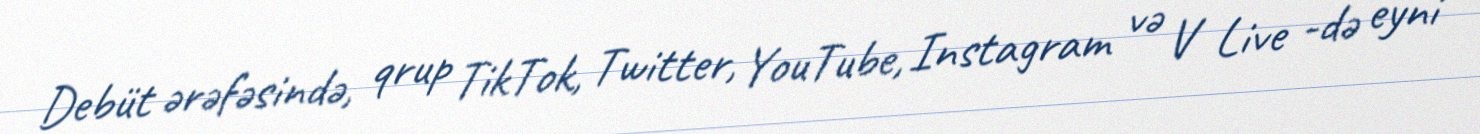
Debüt ərəfəsində, qrup TikTok, Twitter, YouTube, Instagram və V Live -də eyni